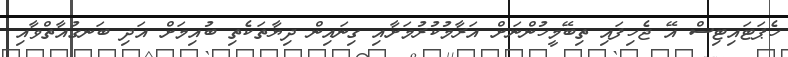
ހެޕަޓައިޓިސް އޭ ޖެހިފައި ތިބޭމީހުންނަށް އަރާމުކުރުމަށާއި ގިނައިން ދިޔާތަކެތި ބުއިމަށް އަދި ބަނގުއާތްވާއި